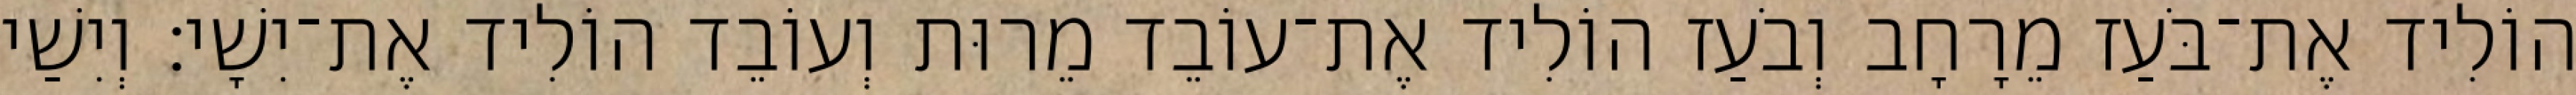
הוֹלִיד אֶת־בֹּעַז מֵרָחָב וְבֹעַז הוֹלִיד אֶת־עוֹבֵד מֵרוּת וְעוֹבֵד הוֹלִיד אֶת־יִשָׁי׃ וְיִשַׁי